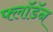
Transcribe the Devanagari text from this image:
फ्लॉडॅन